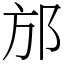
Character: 邡